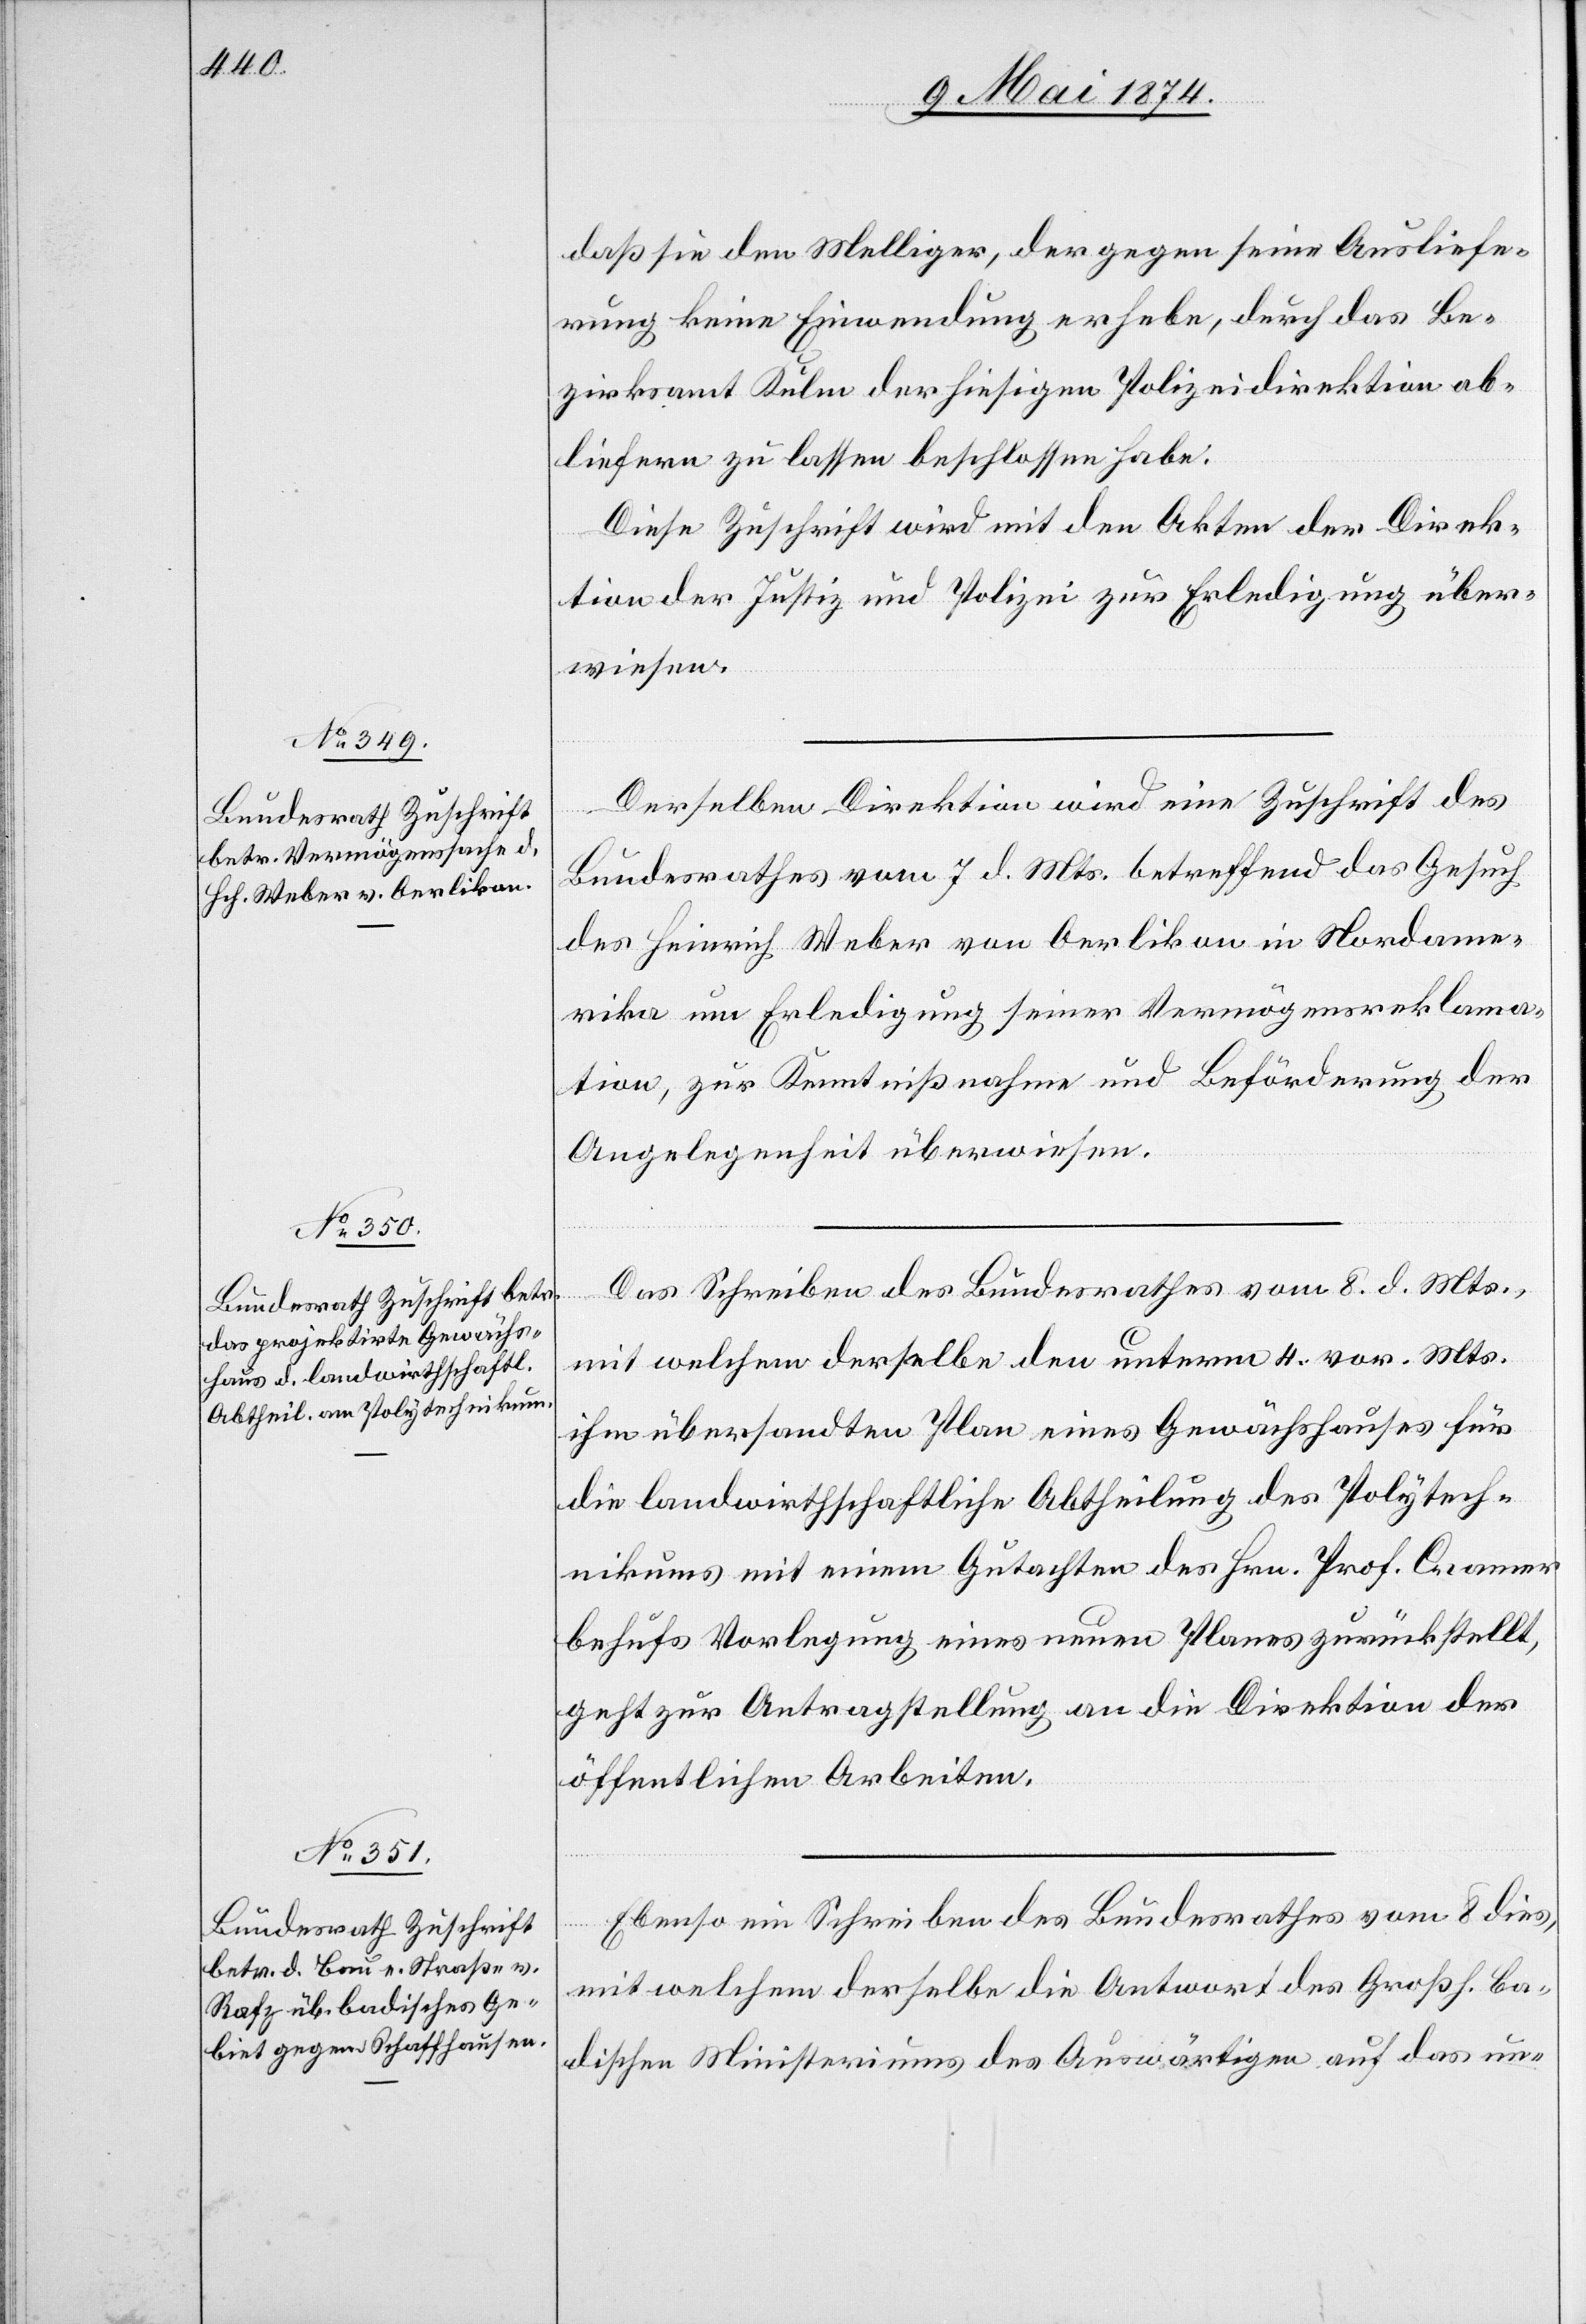
11. Mai 1874.]
daß sie den Melliger, der gegen seine Ausliefe¬
rung keine Einwendung erhebe, durch das Be¬
zirksamt Kulm der hiesigen Polizeidirektion ab¬
liefern zu lassen beschlossen habe.
Diese Zuschrift wird mit den Akten der Direk¬
tion der Justiz und Polizei zur Erledigung über¬
weisen.
Derselben Direktion wird eine Zuschrift des
Bundesrathes vom 7. d. Mts. betreffend das Gesuch
des Heinrich Weber von Oerlikon in Nordame¬
rika um Erledigung seiner Vermögensreklama¬
tion, zur Kenntnißnahme und Beförderung der
Angelegenheit überwiesen.
Das Schreiben des Bundesrathes vom 8. d. Mts.,
mit welchem derselbe den unterm 4. vor. Mts.
ihm übersandten Plan eines Gewächshauses für
die landwirthschaftliche Abtheilung des Polytech¬
nikums mit einem Gutachten des Hrn. Prof. Cramer
behufs Vorlegung eines neuen Planes zurückstellt,
geht zur Antragstellung an die Direktion der
öffentlichen Arbeiten.
Ebenso ein Schreiben des Bundesrathes vom 8. dies,
mit welchem derselbe die Antwort des Großh. Ba¬
dischen Ministeriums des Auswärtigen auf das un-